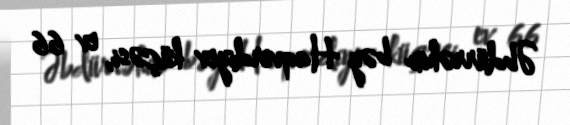
Əbdürrəhim bəy Haqverdiyev küçəsi, ev 66